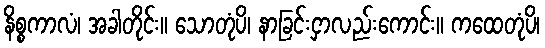
နိစ္စကာလံ၊ အခါတိုင်း။ သောတုံပိ၊ နာခြင်းငှာလည်းကောင်း။ ကထေတုံပိ၊